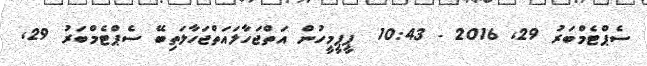
ސެޕްޓެމްބަރު 29